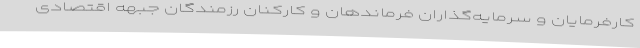
کارفرمایان و سرمایه‌گذاران فرماندهان و کارکنان رزمندگان جبهه اقتصادی